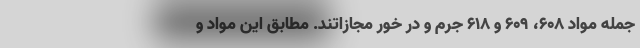
جمله مواد ۶۰۸، ۶۰۹ و ۶۱۸ جرم و در خور مجازاتند. مطابق این مواد و